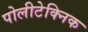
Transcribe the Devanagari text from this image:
पोलीटेक्निक